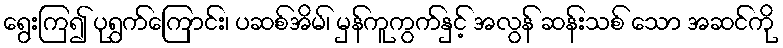
ရွေးကြ၍ ပုရွက်ကြောင်း၊ ပဆစ်အိမ်၊ မှန်ကူကွက်နှင့် အလွန် ဆန်းသစ် သော အဆင်ကို